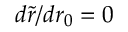
d \tilde { r } / d r _ { 0 } = 0